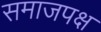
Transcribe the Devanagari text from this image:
समाजपक्ष